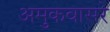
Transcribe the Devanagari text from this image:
अमुकवासरे